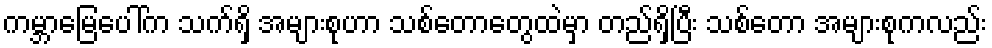
ကမ္ဘာမြေပေါ်က သက်ရှိ အများစုဟာ သစ်တောတွေထဲမှာ တည်ရှိပြီး သစ်တော အများစုကလည်း